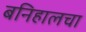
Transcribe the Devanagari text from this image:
बनिहालचा